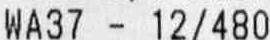
WA37 - 12/480